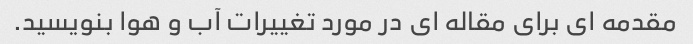
مقدمه ای برای مقاله ای در مورد تغییرات آب و هوا بنویسید.